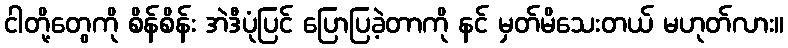
ငါတို့တွေကို စိန်စိန်း အဲဒီပုံပြင် ပြောပြခဲ့တာကို နင် မှတ်မိသေးတယ် မဟုတ်လား။